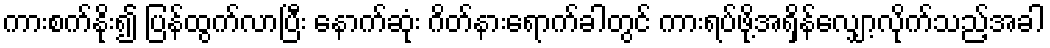
ကားစက်နိုး၍ ပြန်ထွက်လာပြီး နောက်ဆုံး ဂိတ်နားရောက်ခါတွင် ကားရပ်ဖို့အရှိန်လျှော့လိုက်သည့်အခါ